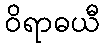
ဝိရာဓယီ